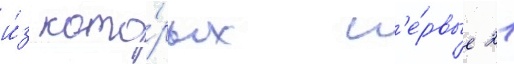
и́з кото́рых п'е́рвые 21